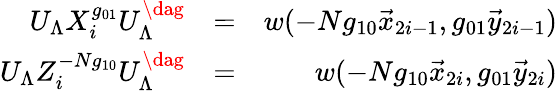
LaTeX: \begin{array}{rlr}{U_{\Lambda}X_{i}^{g_{01}}U_{\Lambda}^{\dag}}&{=}&{w(-Ng_{10}\vec{x}_{2i-1},g_{01}\vec{y}_{2i-1})}\\ {U_{\Lambda}Z_{i}^{-Ng_{10}}U_{\Lambda}^{\dag}}&{=}&{w(-Ng_{10}\vec{x}_{2i},g_{01}\vec{y}_{2i})}\end{array}